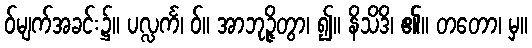
ဝ်မျက်အခင်း၌။ ပလ္လင်္က၊ ဝ်။ အာဘုဉ္ဇိတွာ၊ ၍။ နိသိဒိ၊ ၏။ တတော၊ မှ။